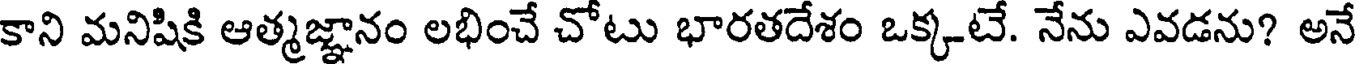
కాని మనిషికి ఆత్మజ్ఞానం లభించే చోటు భారతదేశం ఒక్కటే. నేను ఎవడను? అనే